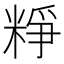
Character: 𥺲